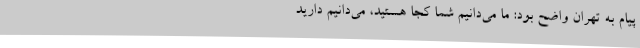
پیام به تهران واضح بود: ما می‌دانیم شما کجا هستید، می‌دانیم دارید